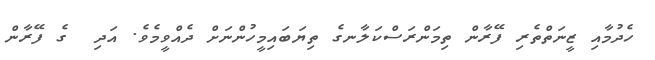
ހެދުމާއި ޒީނަތްތެރި ފޭރާން ތިމަންރަސްކަލާނގެ ތިޔަބައިމީހުންނަށް ދެއްވީމެވެ. އަދި  ގެ ފޭރާން